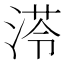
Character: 𱧔